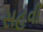
સહવી